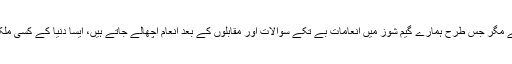
یہ مانا کہ تفریحِ طبع ضروری ہے مگر جس طرح ہمارے گیم شوز میں انعامات بے تکے سوالات اور مقابلوں کے بعد انعام اچھالے جاتے ہیں، ایسا دنیا کے کسی ملک کے کسی گیم شو میں نہیں ہوتا۔